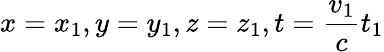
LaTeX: x=x_{1},y=y_{1},z=z_{1},t=\frac{v_{1}}ct_{1}